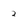
Character: 2